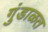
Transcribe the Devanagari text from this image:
गुंडाळत